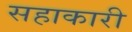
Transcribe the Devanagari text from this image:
सहाकारी